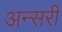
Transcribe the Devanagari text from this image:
अन्सरी